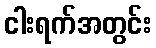
ငါးရက်အတွင်း